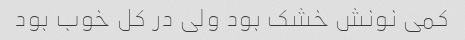
کمی نونش خشک بود ولی در کل خوب بود